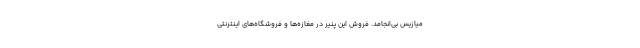
میازیس بی‌انجامد. فروش این پنیر در مغازه‌ها و فروشگاه‌های اینترنتی